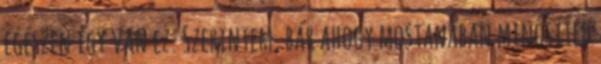
egészen így van ez. Szerintem, bár ahogy mostanában minősíted